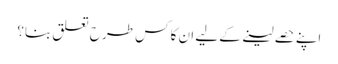
اپنے حصے لینے کے لیے ان کا کس طرح تعلق بنا؟